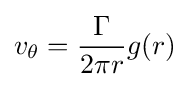
v_{\theta }={\frac {\Gamma }{2\pi r}}g(r)